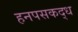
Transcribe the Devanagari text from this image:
हनपसकद्ध